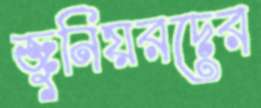
জুনিয়রদের